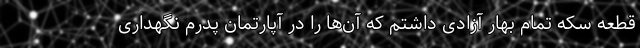
قطعه سکه تمام بهار آزادی داشتم که آن‌ها را در آپارتمان پدرم نگهداری